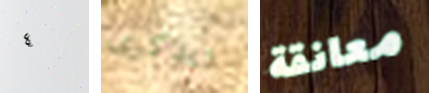
٤ تتذكرى معانقة